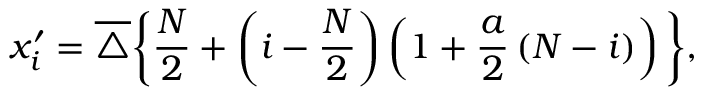
x _ { i } ^ { \prime } = \overline { { \triangle } } \bigg \{ \frac { N } { 2 } + \left( i - \frac { N } { 2 } \right) \left( 1 + \frac { a } { 2 } \left( N - i \right) \right) \bigg \} ,